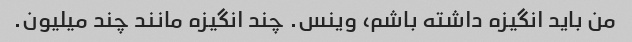
من باید انگیزه داشته باشم، وینس. چند انگیزه مانند چند میلیون.